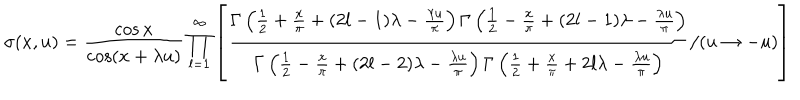
\sigma ( x , u ) = \frac { \cos x } { \cos ( x + \lambda u ) } \prod _ { l = 1 } ^ { \infty } \left[ \frac { \Gamma \left( \frac { 1 } { 2 } + \frac { x } { \pi } + ( 2 l - 1 ) \lambda - \frac { \lambda u } { \pi } \right) \Gamma \left( \frac { 1 } { 2 } - \frac { x } { \pi } + ( 2 l - 1 ) \lambda - \frac { \lambda u } { \pi } \right) } { \Gamma \left( \frac { 1 } { 2 } - \frac { x } { \pi } + ( 2 l - 2 ) \lambda - \frac { \lambda u } { \pi } \right) \Gamma \left( \frac { 1 } { 2 } + \frac { x } { \pi } + 2 l \lambda - \frac { \lambda u } { \pi } \right) } / ( u \to - u ) \right]